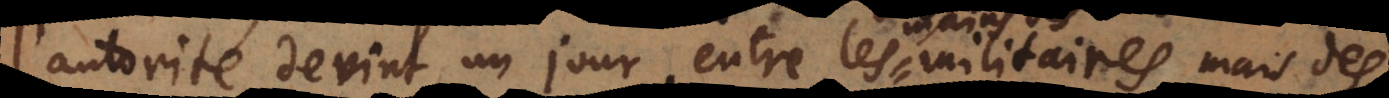
l’autorité devint un jour entre les mains des